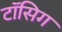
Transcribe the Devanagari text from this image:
टॉसिग